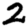
Digit: 2